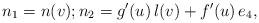
LaTeX: \begin{align*} n_1 = n(v); n_2 = g'(u)\,l(v) + f'(u) \, e_4,\end{align*}